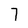
Character: 7